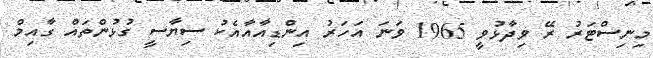
މިނިސްޓަރު ރޭ ވިދާޅުވީ 1965 ވަނަ އަހަރު އިންޑިއާއާއެކު ސިޔާސީ ގުޅުންތައް ގާއިމް